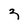
Character: Z